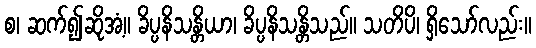
စ၊ ဆက်၍ဆိုအံ့။ ခိပ္ပနိသန္တိယာ၊ ခိပ္ပနိသန္တိသည်။ သတိပိ၊ ရှိသော်လည်း။